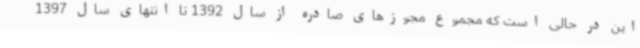
این در حالی است که مجموع مجوزهای صادره از سال 1392 تا انتهای سال 1397